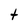
Character: T